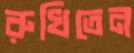
রুখিতেন